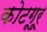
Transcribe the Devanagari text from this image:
कोटगूरू